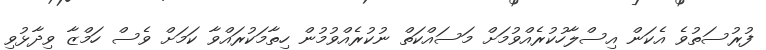
ފުރުސަތުވެ އެކަން އިސްލާހުކުރެއްވުމަށް މަސައްކަތް ނުކުރެއްވުމުން ހިތާމަކުރައްވާ ކަމަށް ވެސް ހަމްޒާ ވިދާޅުވި